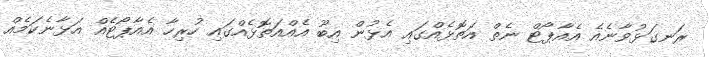
ރަނގަޅުވާނެއެ އެއާޕޯޓް ނެތް އަތޮޅެއްގައި އެޅުން އިބޫ އެއްއަތޮޅެއްގައި ހުރިހާ އެއާޕޯޓެއް އަޅާނެކަމެއް